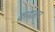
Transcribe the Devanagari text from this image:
कामज्ञान